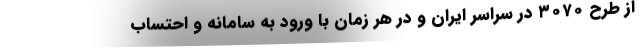
از طرح ۳۰۷۰ در سراسر ایران و در هر زمان با ورود به سامانه و احتساب